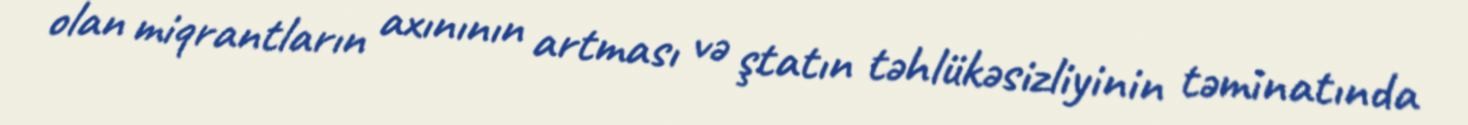
olan miqrantların axınının artması və ştatın təhlükəsizliyinin təminatında